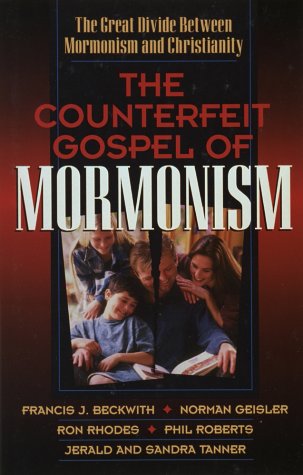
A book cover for The Counterfeit Gospel of Mormonism: The Great Divide Between Mormonism and Christianity; Norman L. Geisler; Christian Books & Bibles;